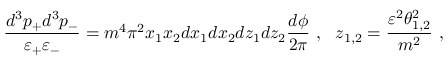
\frac { d ^ { 3 } p _ { + } d ^ { 3 } p _ { - } } { \varepsilon _ { + } \varepsilon _ { - } } = m ^ { 4 } \pi ^ { 2 } x _ { 1 } x _ { 2 } d x _ { 1 } d x _ { 2 } d z _ { 1 } d z _ { 2 } \frac { d \phi } { 2 \pi } \ , \ \ z _ { 1 , 2 } = \frac { \varepsilon ^ { 2 } \theta _ { 1 , 2 } ^ { 2 } } { m ^ { 2 } } \ ,